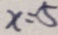
x = 5